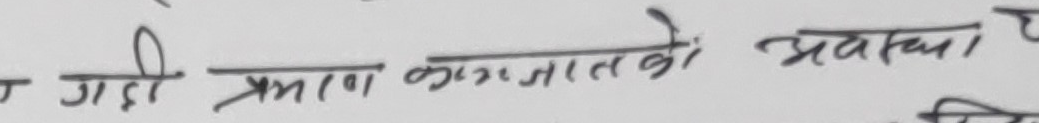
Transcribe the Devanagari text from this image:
गाडी प्रमाण कागजातको अवस्था